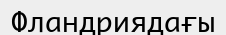
Фландриядағы